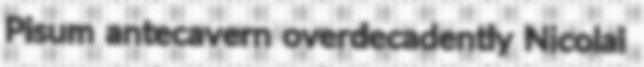
Pisum antecavern overdecadently Nicolai